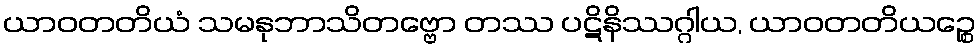
ယာဝတတိယံ သမနုဘာသိတဗ္ဗော တဿ ပဋိနိဿဂ္ဂါယ, ယာဝတတိယဉ္စေ